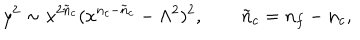
LaTeX: y ^ { 2 } \sim x ^ { 2 { \tilde { n } } _ { c } } ( x ^ { n _ { c } - { \tilde { n } } _ { c } } - \Lambda ^ { 2 } ) ^ { 2 } , \qquad { \tilde { n } } _ { c } = n _ { f } - n _ { c } ,